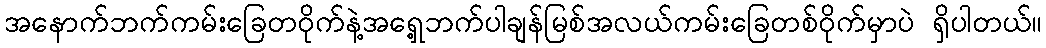
အနောက်ဘက်ကမ်းခြေတဝိုက်နဲ့အရှေ့ဘက်ပါချန်မြစ်အလယ်ကမ်းခြေတစ်ဝိုက်မှာပဲ ရှိပါတယ်။